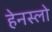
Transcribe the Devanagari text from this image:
हेनस्लो